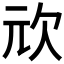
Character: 𭭅